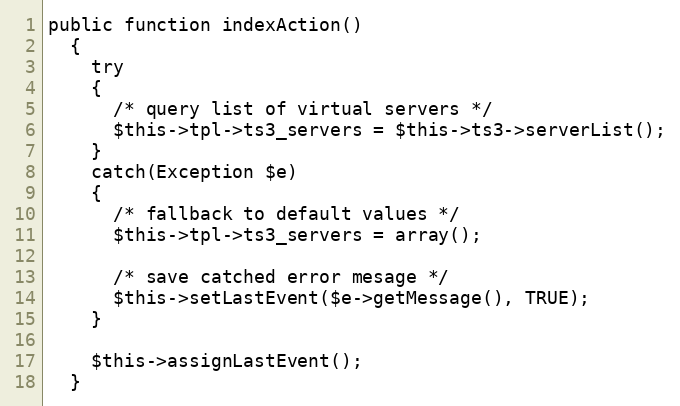
Language: PHP
public function indexAction()
  {
    try
    {
      /* query list of virtual servers */
      $this->tpl->ts3_servers = $this->ts3->serverList();
    }
    catch(Exception $e)
    {
      /* fallback to default values */
      $this->tpl->ts3_servers = array();

      /* save catched error mesage */
      $this->setLastEvent($e->getMessage(), TRUE);
    }

    $this->assignLastEvent();
  }